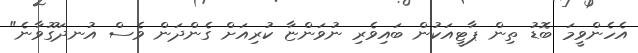
އެހެންވީމަ ބޮޑު ތިން ޕާޓީއަކުން ބައިވެރި ނުވަންޏާ ކުރިއަށް ގެންދަން ވެސް އުނދަގޫވާނެ"